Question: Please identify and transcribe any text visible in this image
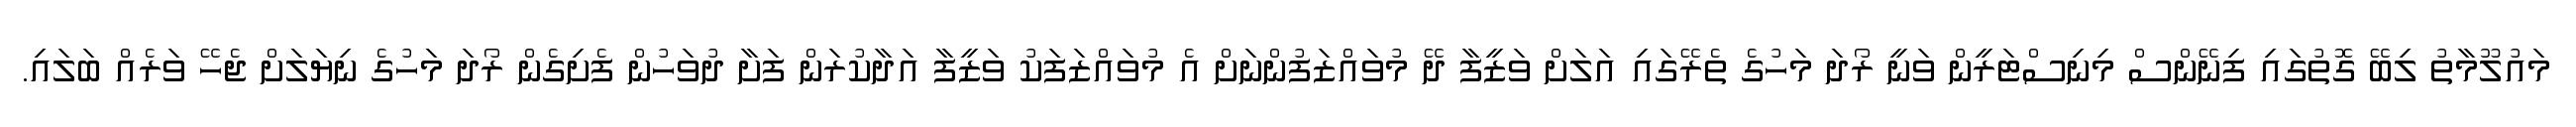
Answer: މައުލޫމާތު ލިބޭ ގޮތުގައި ފިނޭންސް މިނިސްޓަރީން ވަނީ ރޯދަ މަހުގެ ތެރޭގައި އަލަށް ވަޒީފާ ދޭ މުވައްޒަފުންނަށް އެ މުވައްޒަފަކު ވަޒީފާ އަދާކުރަން ފަށާ ދުވަހުން ފެށިގެން ރޯދަ މަހުގެ ނިޔަލަށް ޖެހޭ ވަރެއް ބަލައި.